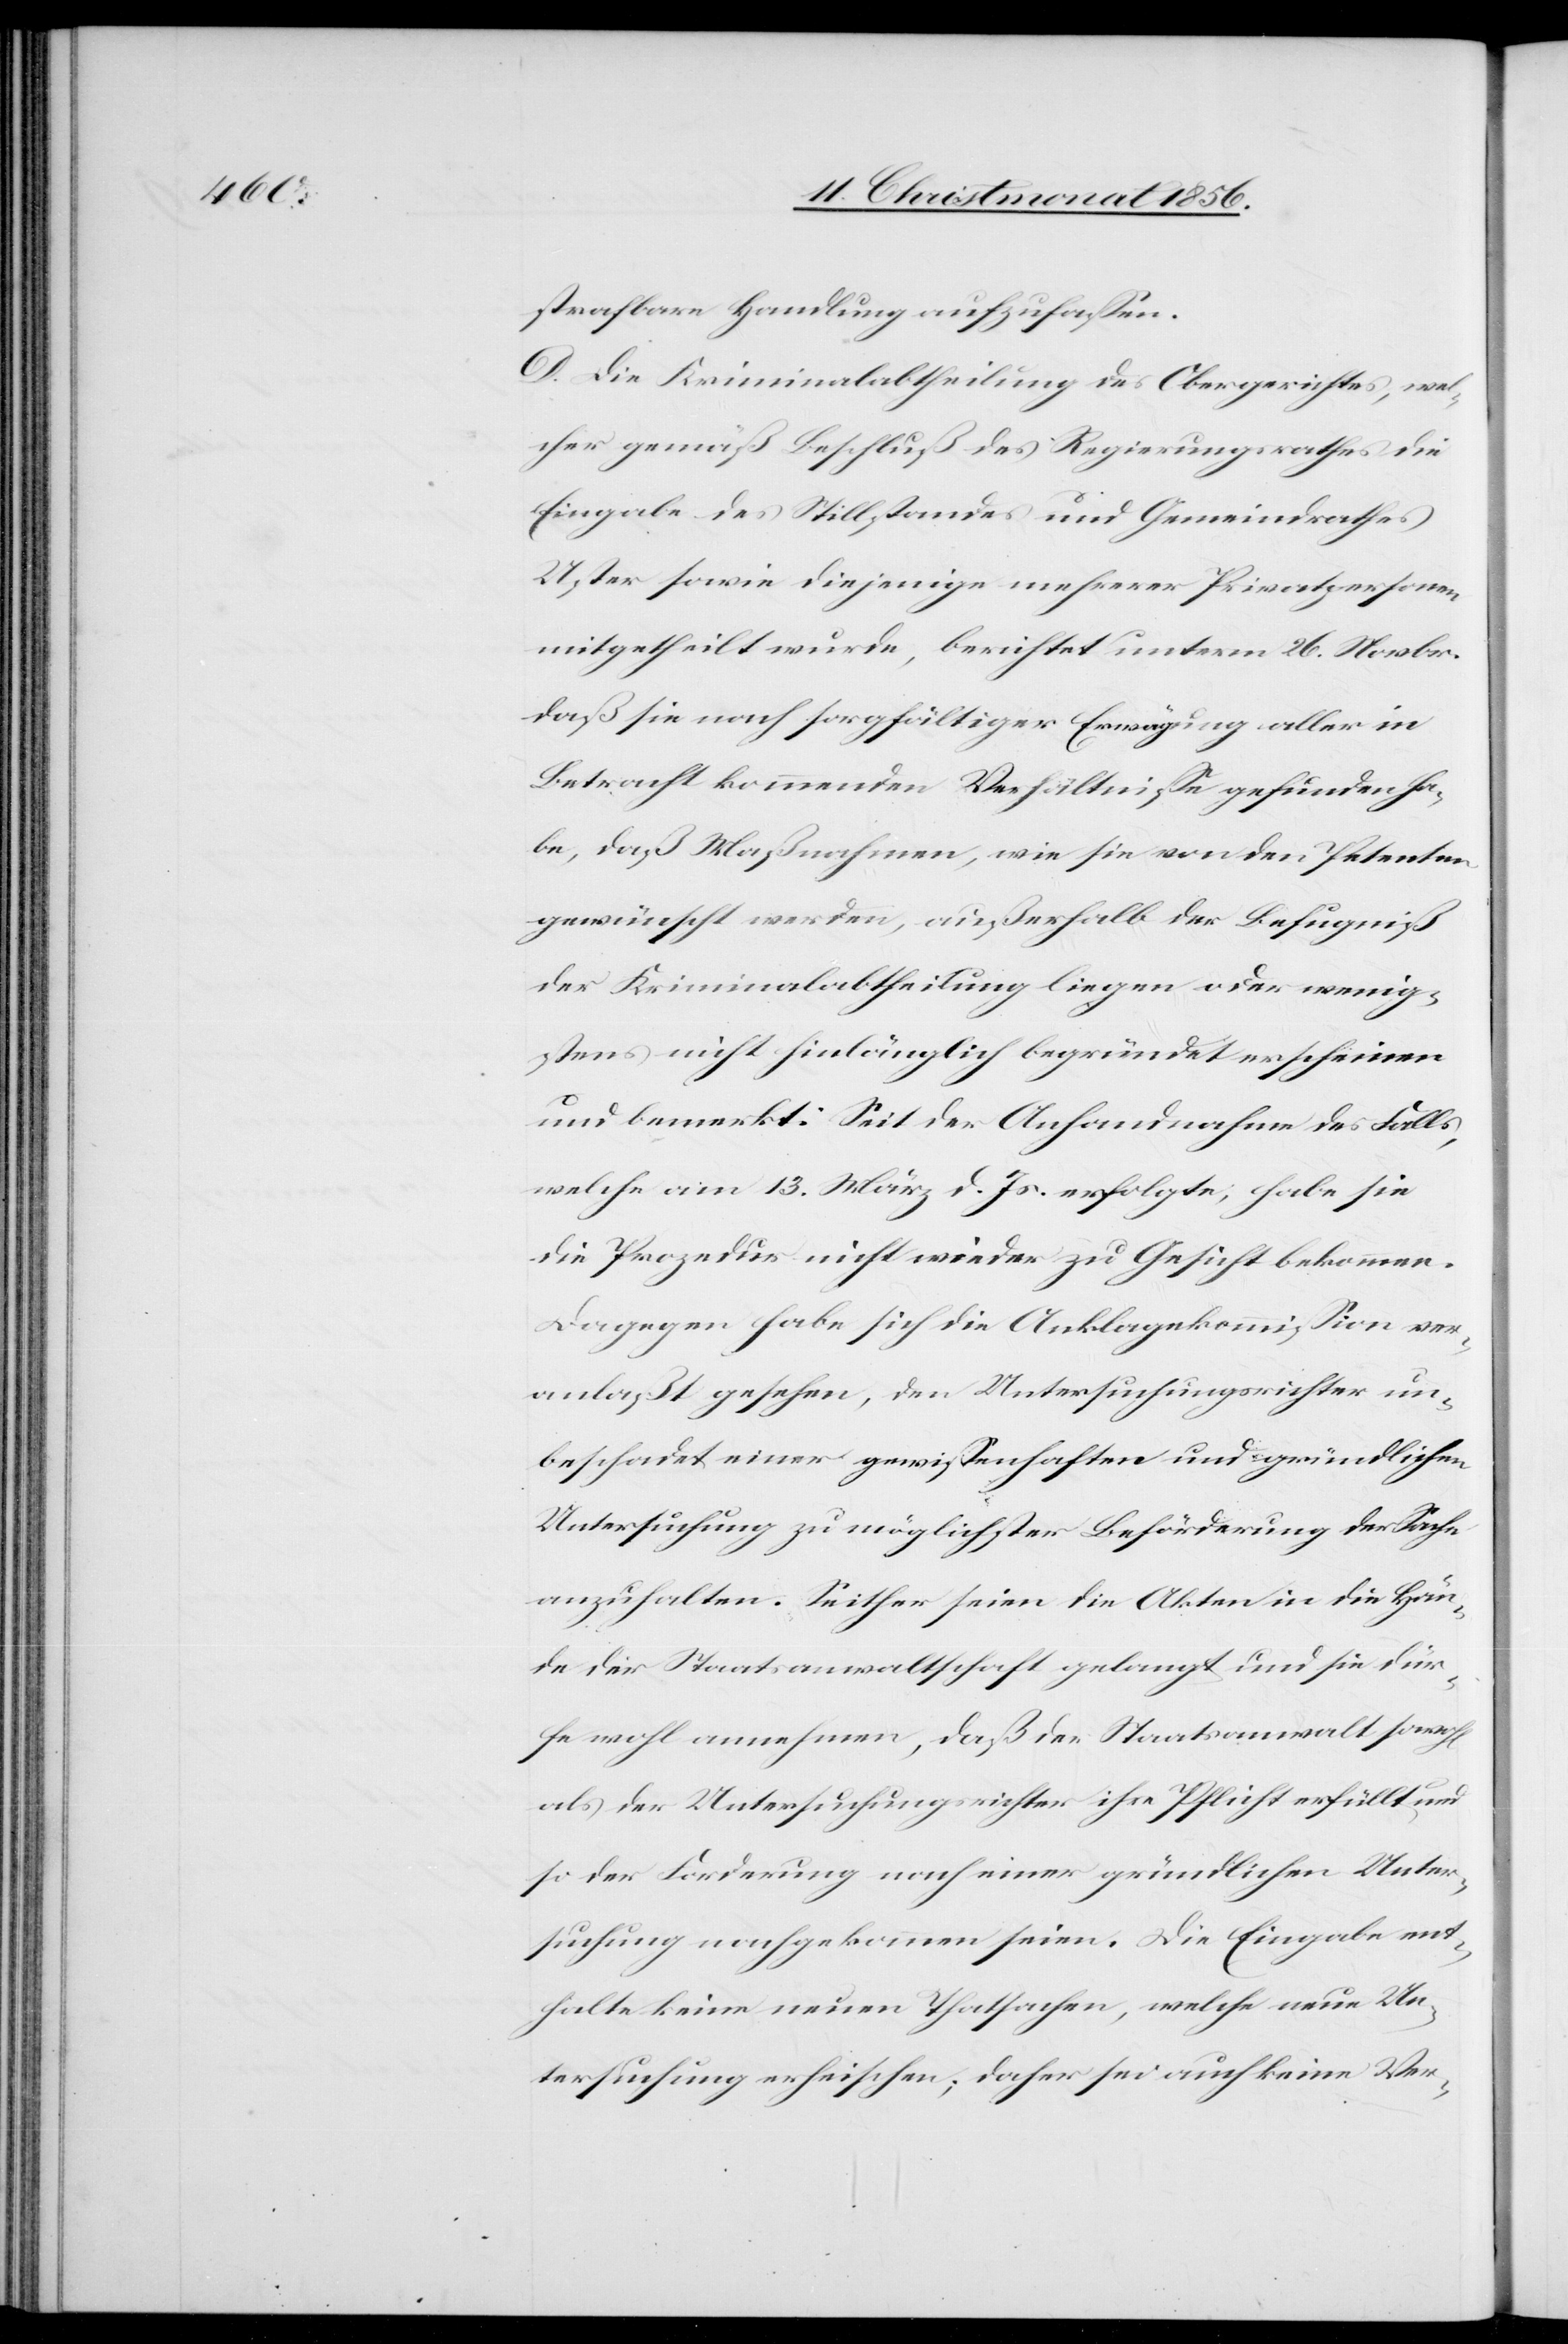
strafbare Handlung aufzufassen.
D. Die Kriminalabtheilung des Obergerichtes, wel¬
cher gemäß Beschluß des Regierungsrathes die
Eingabe des Stillstandes und Gemeindrathes
Uster sowie diejenige mehrerer Privatpersonen
mitgetheilt wurde, berichtet unterm 26. Novbr.
daß sie nach sorgfältiger Erwägung aller in
Betracht kommenden Verhältnisse gefunden ha¬
be, daß Maßnahmen, wie sie von den Petenten
gewünscht werden, außerhalb der Befugniß
der Kriminalabtheilung liegen oder wenig¬
stens nicht hinlänglich begründet erschienen
und bemerkt: Seit der Anhandnahme des Falls,
welche am 13. März d. Js. erfolgte, habe sie
die Prozedur nicht wieder zu Gesicht bekommen.
Dagegen habe sich die Anklagekommission ver¬
anlaßt gesehen, den Untersuchungsrichter un¬
beschadet einer gewissenhaften und gründlichen
Untersuchung zu möglichster Beförderung der Sache
anzuhalten. Seither seien die Akten in die Hän¬
de der Staatsanwaltschaft gelangt und sie dür¬
fe wohl annehmen, daß der Staatsanwalt sowohl
als der Untersuchungsrichter ihre Pflicht erfüllt und
so der Forderung nach einer gründlichen Unter¬
suchung nachgekommen seien. Die Eingabe ent¬
halte keine neuen Thatsachen, welche neue Un¬
tersuchung erheischen; daher sei auch keine Ver-